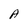
Character: A